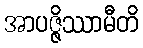
အာပဇ္ဇိဿာမီတိ